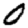
Digit: 0